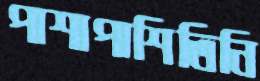
পাশাপাশিতিনি